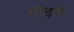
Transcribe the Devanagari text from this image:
गोड़से